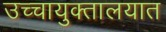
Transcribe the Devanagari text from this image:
उच्चायुक्तालयात